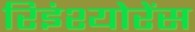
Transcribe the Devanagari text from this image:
रिइंश्योरेंस